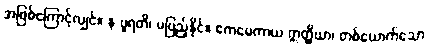
အဖြစ်ကြောင့်လျှင်။ န ပူရတိ၊ မပြည့်နိုင်။ ဧကမေကာယ ဣတ္ထိယာ၊ တစ်ယောက်သော